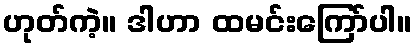
ဟုတ်ကဲ့။ ဒါဟာ ထမင်းကြော်ပါ။